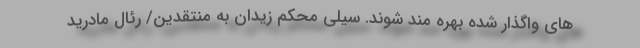
های واگذار شده بهره مند شوند. سیلی محکم زیدان به منتقدین/ رئال مادرید